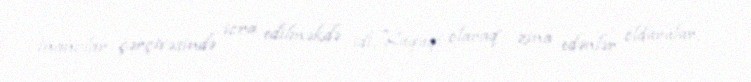
inanclar çərçivəsində icra edilməkdə idi. Hüquqi olaraq zina edənlər öldürülür,